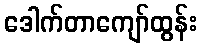
ဒေါက်တာကျော်ထွန်း